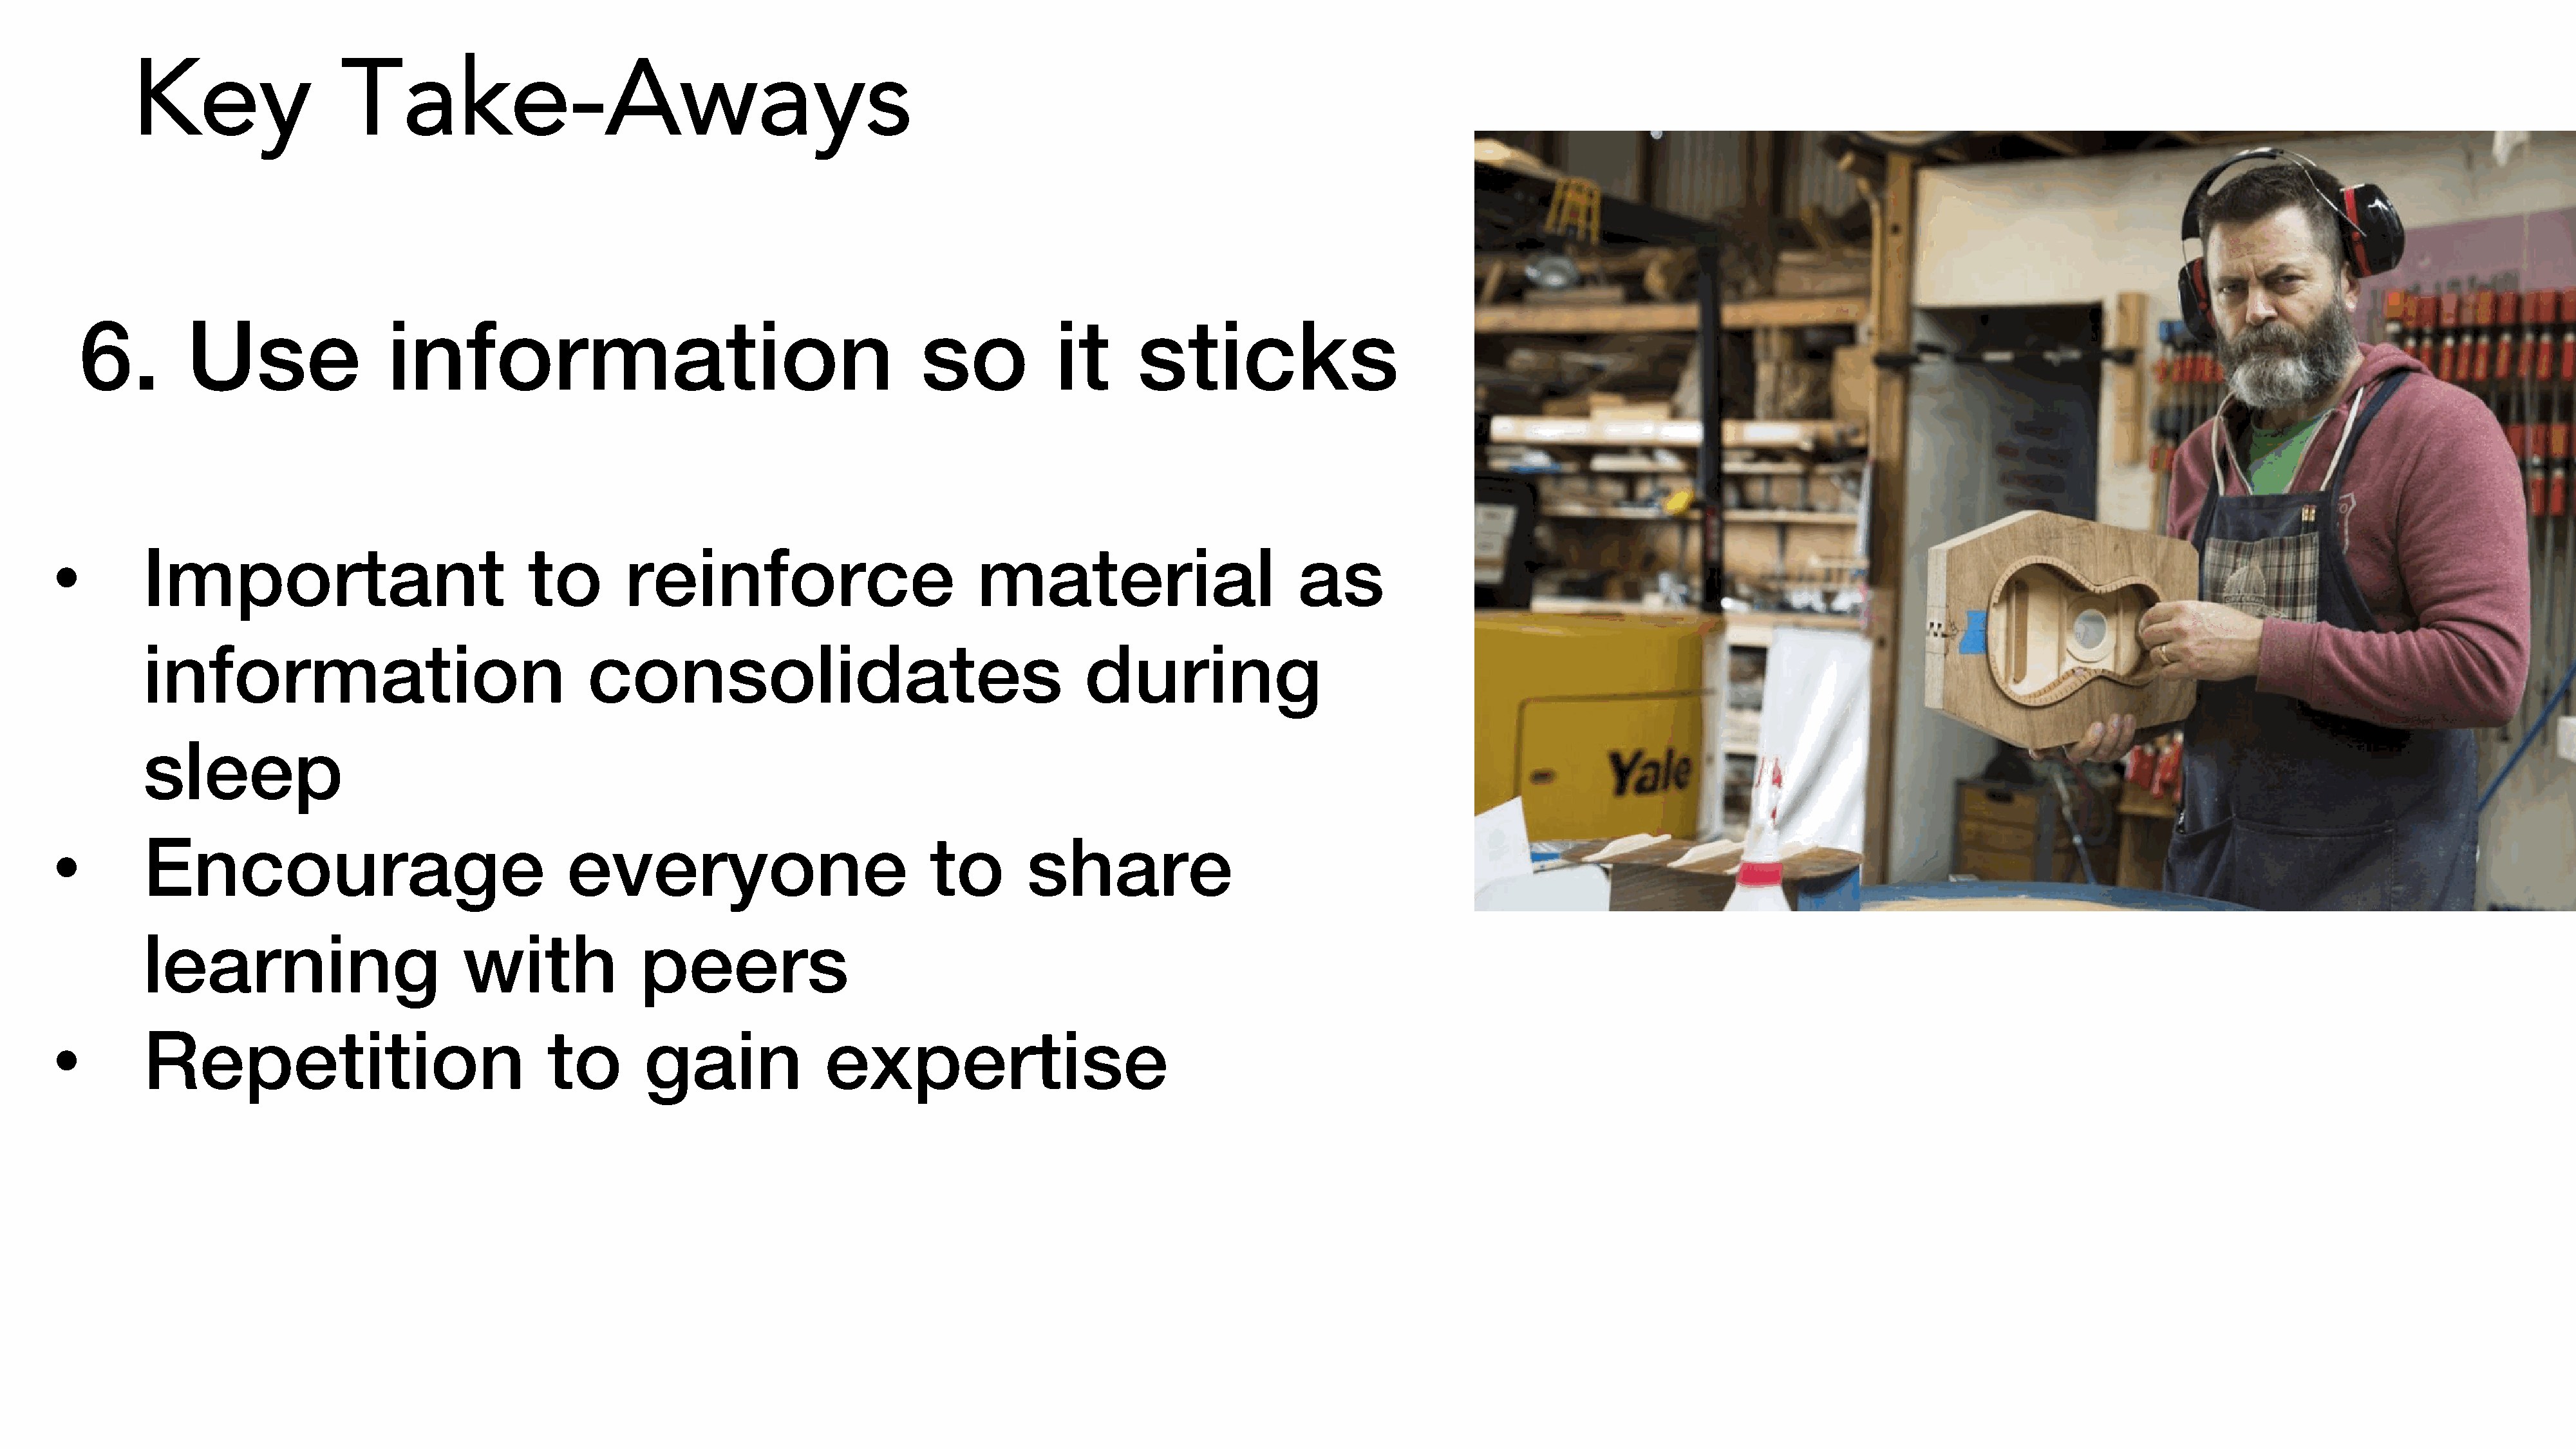
Key                  Take-Aways
 6.         Use                  information                                            so           it       sticks
 •         Important                              to        reinforce                           material                         as
 information                                  consolidates                                        during
 sleep
 •         Encourage                                  everyone                              to        share
 learning                         with              peers
 •         Repetition                               to        gain               expertise